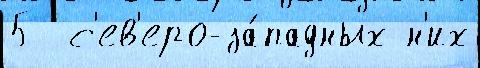
5  с'ев'еро-за́падных н'их